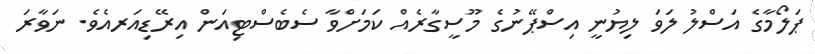
ޕަލޯމާގެ އަސްލު ލަވަ ލިޔުނީ އިސްޕޭނުގެ މޫސީގާރެއް ކަމަށްވާ ސެބެސްޓިއަން އިރޭޑިއަރއެވެ. ނަވާރަ